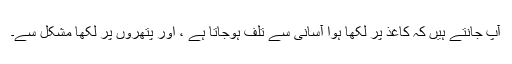
آپ جانتے ہیں کہ کاغذ پر لکھا ہوا آسانی سے تلف ہوجاتا ہے ، اور پتھروں پر لکھا مشکل سے۔